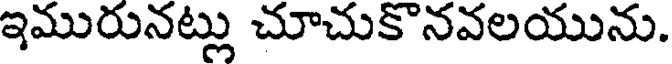
ఇమురునట్లు చూచుకొనవలయును.